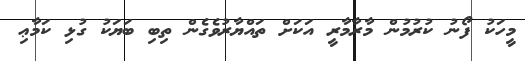
މީހަކު ފޯނު ކުރުމުން މާރާމާރީ އަކަށް ތައްޔާރުވެގެން ތިބި ބަޔަކު ގުޅި ކަމާޢި